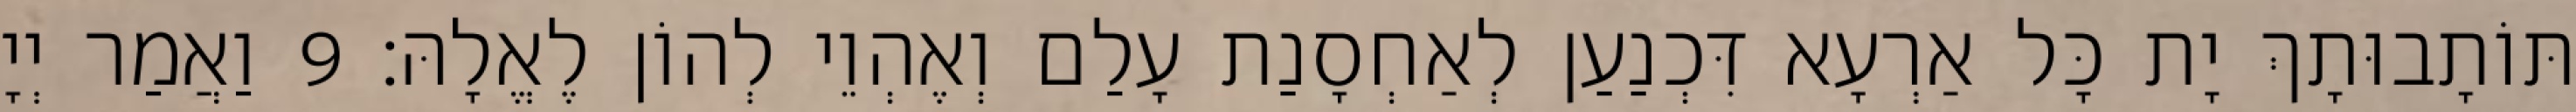
תּוֹתָבוּתָךְ יָת כָּל אַרְעָא דִּכְנַעַן לְאַחְסָנַת עָלַם וְאֶהְוֵי לְהוֹן לֶאֱלָהּ׃ 9 וַאֲמַר יְיָ